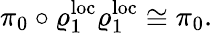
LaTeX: \pi_{0}\circ\varrho_{1}^{\mathrm{loc}}\varrho_{1}^{\mathrm{loc}}\cong\pi_{0}.